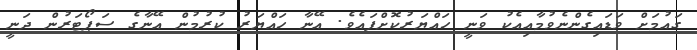
ގައުމަށް ވަޑައިގެންނެވުމާއިއެކު ވަނީ ހައްޔަރުކޮށްފައެވެ. އޭނާ ހައްޔަރު ކުރުމުން އޭނާގެ ސަޕޯޓަރުން ދަނީ